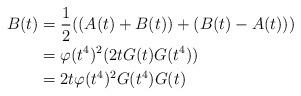
LaTeX: \begin{align*} B(t) &= \frac{1}{2}((A(t)+B(t))+(B(t)-A(t)))\\ &= \varphi(t^4)^2(2tG(t)G(t^4))\\ &= 2t\varphi(t^4)^2G(t^4)G(t)\end{align*}